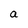
Character: a